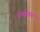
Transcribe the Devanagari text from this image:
पाचपन्नास